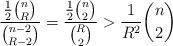
LaTeX: \begin{align*} \frac{\frac12\binom{n}{R}}{\binom{n-2}{R-2}}=\frac{\frac12\binom{n}{2}}{\binom{R}{2}}>\frac{1}{R^2}\binom{n}{2}\end{align*}